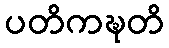
ပတိကဍ္ဎတိ